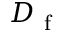
D _ { \mathrm { ~ f ~ } }